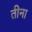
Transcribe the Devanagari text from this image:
तीना